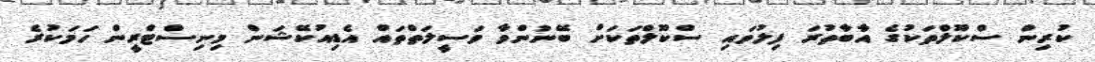
ކުރިން ސްކޫލްތަކުގެ އާބާތުރަ ފިލުވައި ސްކޫލްތަކަށް ބޭނުންވާ ވަސީލަތްތައް އެޑިއުކޭޝަން މިނިސްޓްރީން ހަމަކުރެ